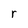
Character: r